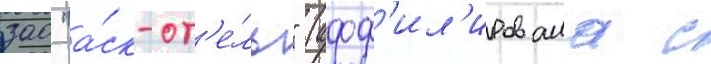
зао "а́ск-от'е́ль" (афф'ил'ирована с